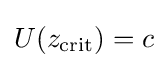
U(z_{\mathrm {crit} })=c